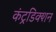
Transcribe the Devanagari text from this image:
कंट्रडिक्शन